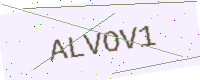
Text: ALVOV1